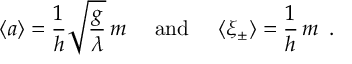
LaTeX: \langle a \rangle = \frac { 1 } { h } \sqrt { \frac { g } { \lambda } } \, m \, \, \, \, \, \, \mathrm { ~ a n d ~ } \, \, \, \, \, \, \langle \xi _ { \pm } \rangle = \frac { 1 } { h } \, m \, \, \, .